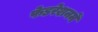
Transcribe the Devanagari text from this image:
फेडरेशनमें